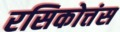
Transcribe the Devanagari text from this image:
रसिकोत्तंस